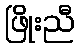
ဖြိုးညီ